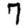
Digit: 7